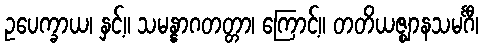
ဥပေက္ခာယ၊ နှင့်။ သမန္နာဂတတ္တာ၊ ကြောင့်။ တတိယဇ္ဈာနသမင်္ဂီ၊